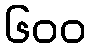
၆၀၀